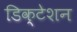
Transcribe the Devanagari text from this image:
डिक्‍टेशन